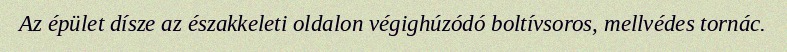
Az épület dísze az északkeleti oldalon végighúzódó boltívsoros, mellvédes tornác.